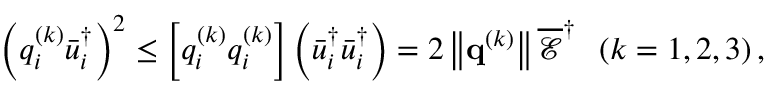
{ \left( { q _ { i } ^ { \left( k \right) } \bar { u } _ { i } ^ { \dag } } \right) ^ { 2 } } \le \left[ { q _ { i } ^ { \left( k \right) } q _ { i } ^ { \left( k \right) } } \right] \left( { \bar { u } _ { i } ^ { \dag } \bar { u } _ { i } ^ { \dag } } \right) = 2 \left\| { { { \bf { q } } ^ { \left( k \right) } } } \right\| \overline { { \mathcal E } } ^ { \dag } \; \; \left( { k = 1 , 2 , 3 } \right) ,